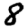
Digit: 8